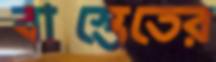
বাস্তেতের